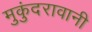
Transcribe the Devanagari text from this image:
मुकुंदरावानी